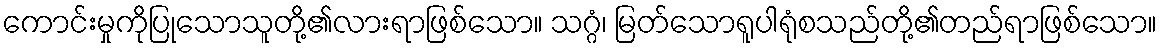
ကောင်းမှုကိုပြုသောသူတို့၏လားရာဖြစ်သော။ သဂ္ဂံ၊ မြတ်သောရူပါရုံစသည်တို့၏တည်ရာဖြစ်သော။